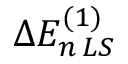
\Delta E _ { n \, L S } ^ { ( 1 ) }